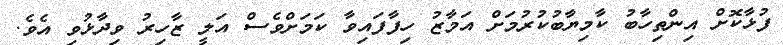
ފުޅާކޮށް އިންތިހާބު ކާމިޔާބުކުރުމަށް އަމާޒު ހިފާފައިވާ ކަމަށްވެސް އަލީ ޒާހިރު ވިދާޅުވި އެވެ.